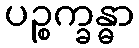
ပဉ္စက္ခန္ဓာ